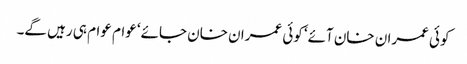
کوئی عمران خان آئے‘ کوئی عمران خان جائے‘ عوام عوام ہی رہیں گے۔